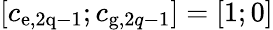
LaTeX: [c_{\mathrm{e,2q-1}};c_{\textrm{g},2q-1}]=[1;0]